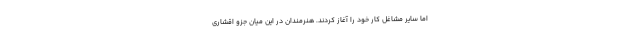
اما سایر مشاغل کار خود را آغاز کردند. هنرمندان در این میان جزو اقشاری